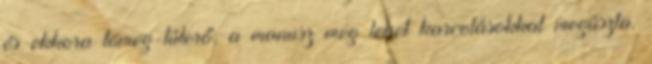
és ekkora tömeg-túlerő, a manusz meg lehet karcolásokkal megúszta.